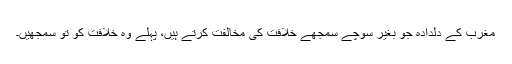
مغرب کے دلدادہ جو بغیر سوچے سمجھے خلافت کی مخالفت کرتے ہیں، پہلے وہ خلافت کو تو سمجھیں۔